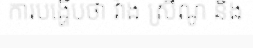
ការបង្ហើបថា វ៉ាង ស្រីណូ និង